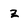
Character: z